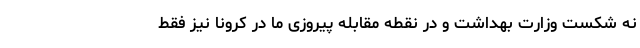
نه شکست وزارت بهداشت و در نقطه مقابله پیروزی ما در کرونا نیز فقط